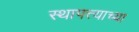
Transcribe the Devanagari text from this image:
स्थापत्त्याच्या